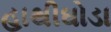
હાથીઘોડા